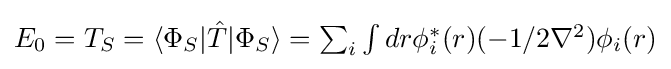
{\textstyle E_{0}=T_{S}=\langle \Phi _{S}|{\hat {T}}|\Phi _{S}\rangle =\sum _{i}\int dr\phi _{i}^{*}(r)(-1/2\nabla ^{2})\phi _{i}(r)}